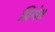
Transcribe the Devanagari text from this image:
प्रिये॥